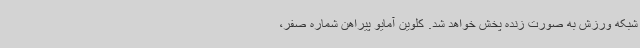
شبکه ورزش به صورت زنده پخش خواهد شد. کلوین آمایو پیراهن شماره صفر،